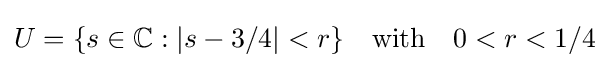
U=\{s\in \mathbb {C} :|s-3/4|<r\}\quad {\mbox{with}}\quad 0<r<1/4